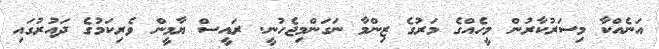
އަނެއްކާ މިސަރުކާރުން މީހެއްގެ މަރުގެ ޒިންމާ ނަގަންމިޖެހުނީ. ރައީސް ޔާމީން ވެރިކަމުގެ ދައުރުގައި